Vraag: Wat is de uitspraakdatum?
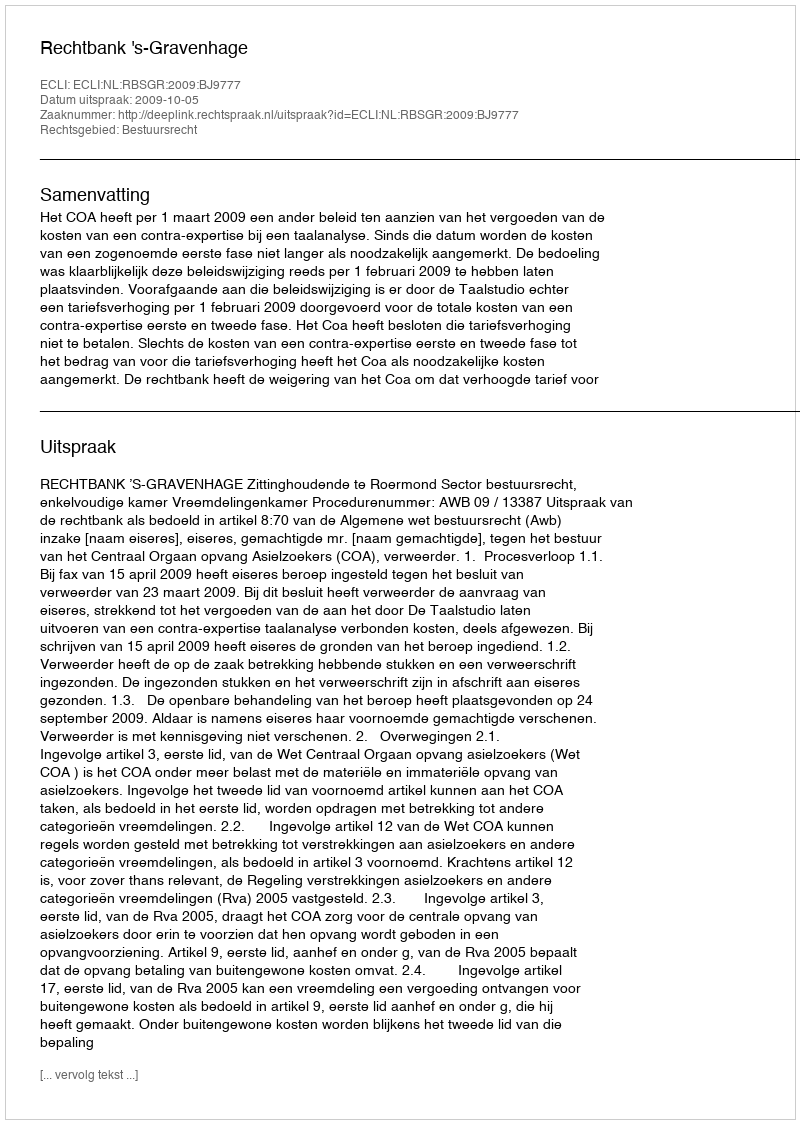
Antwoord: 2009-10-05